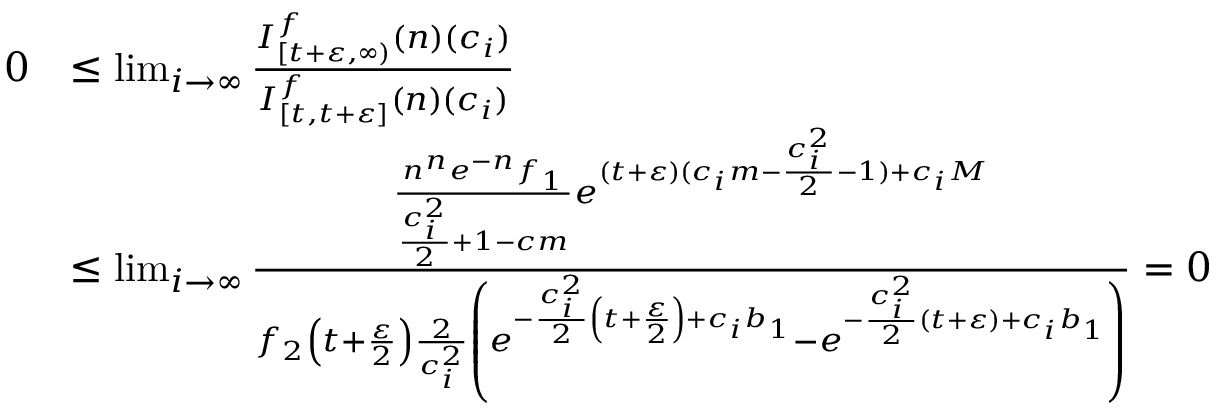
\begin{array} { r l } { 0 } & { \leq \operatorname* { l i m } _ { i \to \infty } \frac { I _ { [ t + \varepsilon , \infty ) } ^ { f } ( n ) ( c _ { i } ) } { I _ { [ t , t + \varepsilon ] } ^ { f } ( n ) ( c _ { i } ) } } \\ & { \leq \operatorname* { l i m } _ { i \to \infty } \frac { \frac { n ^ { n } e ^ { - n } f _ { 1 } } { \frac { c _ { i } ^ { 2 } } { 2 } + 1 - c m } e ^ { ( t + \varepsilon ) ( c _ { i } m - \frac { c _ { i } ^ { 2 } } { 2 } - 1 ) + c _ { i } M } } { f _ { 2 } \left( t + \frac { \varepsilon } { 2 } \right) \frac { 2 } { c _ { i } ^ { 2 } } \left( e ^ { - \frac { c _ { i } ^ { 2 } } { 2 } \left( t + \frac { \varepsilon } { 2 } \right) + c _ { i } b _ { 1 } } - e ^ { - \frac { c _ { i } ^ { 2 } } { 2 } ( t + \varepsilon ) + c _ { i } b _ { 1 } } \right) } = 0 } \end{array}